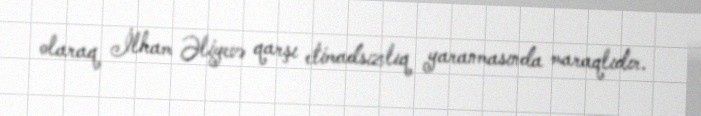
olaraq İlham Əliyevə qarşı etimadsızlıq yaranmasında maraqlıdır.